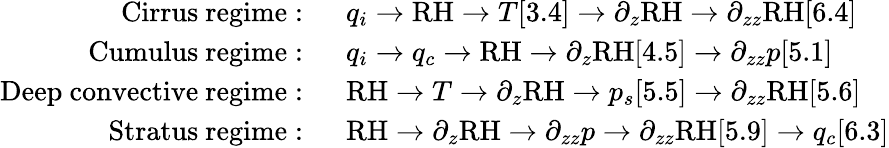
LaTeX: \begin{array}{rl}{\mathrm{Cirrus~regime:~}}&{q_{i}\rightarrow\mathrm{RH}\rightarrow T[3.4]\rightarrow\partial_{z}\mathrm{RH}\rightarrow\partial_{zz}\mathrm{RH}[6.4]}\\ {\mathrm{Cumulus~regime:~}}&{q_{i}\rightarrow q_{c}\rightarrow\mathrm{RH}\rightarrow\partial_{z}\mathrm{RH}[4.5]\rightarrow\partial_{zz}p[5.1]}\\ {\mathrm{Deep~convective~regime:~}}&{\mathrm{RH}\rightarrow T\rightarrow\partial_{z}\mathrm{RH}\rightarrow p_{s}[5.5]\rightarrow\partial_{zz}\mathrm{RH}[5.6]}\\ {\mathrm{Stratus~regime:~}}&{\mathrm{RH}\rightarrow\partial_{z}\mathrm{RH}\rightarrow\partial_{zz}p\rightarrow\partial_{zz}\mathrm{RH}[5.9]\rightarrow q_{c}[6.3]}\end{array}